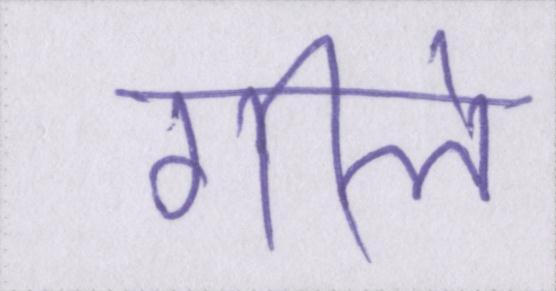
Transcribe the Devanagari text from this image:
गीले